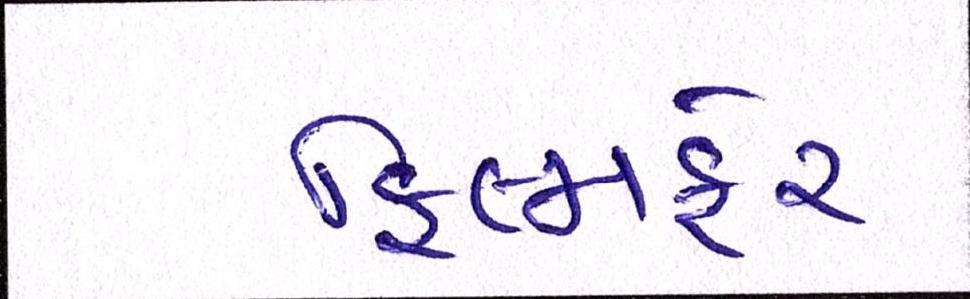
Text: ફિલ્મફેર